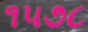
૧૫૭૮